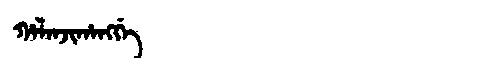
Manchu: ᡥᠠᠯᠠᠨᠵᡳᡥᠠᠩᡤᡝ
Romanization: HALANJIHANGGE